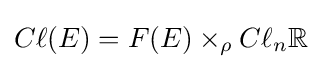
C\ell (E)=F(E)\times _{\rho }C\ell _{n}\mathbb {R}